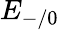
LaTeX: E_{-/0}